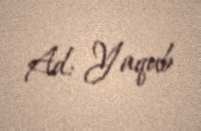
Ad: Yaqub